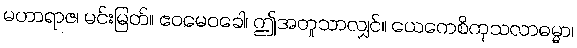
မဟာရာဇ၊ မင်းမြတ်။ ဧဝမေဝခေါ၊ ဤအတူသာလျှင်။ ယေကေစိကုသလာဓမ္မာ၊